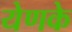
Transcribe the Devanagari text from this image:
येणके